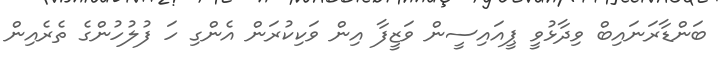
ބަންޑާރަނައިބް ވިދާޅުވީ ޕީއައިސީން ވަޒީފާ އިން ވަކިކުރަން އެންގި ހަ ފުލުހުންގެ ތެރެއިން